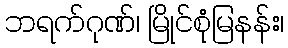
ဘရက်ဂုဏ်၊ မြိုင်စုံမြနန်း၊